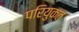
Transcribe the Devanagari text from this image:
परियुक्त